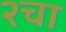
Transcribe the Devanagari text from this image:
२चा